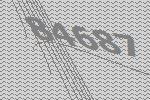
84687